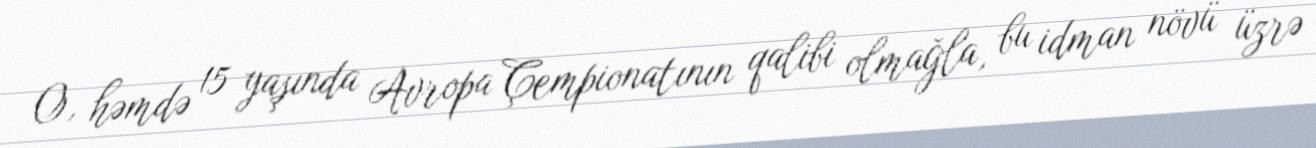
O, həmdə 15 yaşında Avropa Çempionatının qalibi olmağla, bu idman növü üzrə